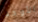
الأوحد